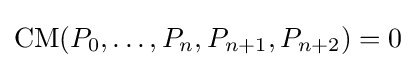
\operatorname {CM} (P_{0},\ldots ,P_{n},P_{n+1},P_{n+2})=0